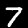
Digit: 7